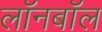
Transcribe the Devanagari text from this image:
लॉनबॉल